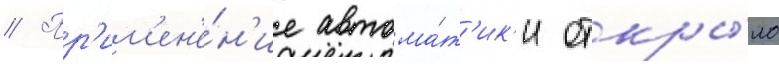
// Пр'им'ен'е́н'ие автома́т'ик'и откры́ло